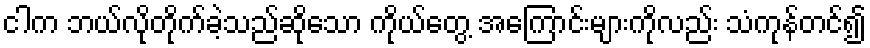
ငါက ဘယ်လိုတိုက်ခဲ့သည်ဆိုသော ကိုယ်တွေ့ အကြောင်းများကိုလည်း သံကုန်တင်၍